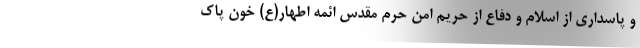
و پاسداری از اسلام و دفاع از حریم امن حرم مقدس ائمه اطهار(ع) خون پاک